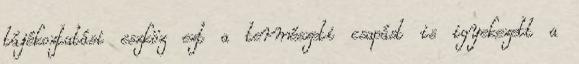
tájékoztatási eszköz ezt a természeti csapást is igyekezett a